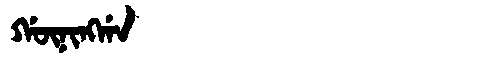
Manchu: ᡤᡡᠨᡳᠩᡤᠠ
Romanization: GŪNINGGA